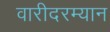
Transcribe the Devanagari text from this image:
वारीदरम्यान